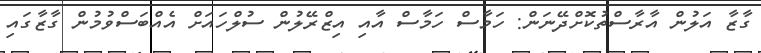
ގާޒާ އަލުން އާރާސްތުކޮށްދޭނަން: ހަމާސް ހަމާސް އާއި އިޒްރޭލުން ސުލްހައަށް އެއްބަސްވުމުން ގާޒާގައި